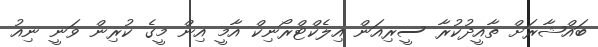
ބައްޝާރަށް ތާއީދުކުރާ ސީރިއަން އިލެކްޓްރޯނިކް އާމީ އިން މީގެ ކުރިން ވަނީ ނިއު